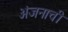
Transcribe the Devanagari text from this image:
अंजनाची